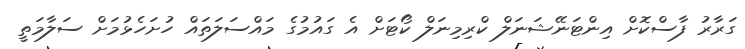
ގަރާރު ފާސްކޮށް އިންޓަނޭޝަނަލް ކްރިމިނަލް ކޯޓަށް އެ ގައުމުގެ މައްސަލަތައް ހުށަހެޅުމަށް ސަލާމަތީ